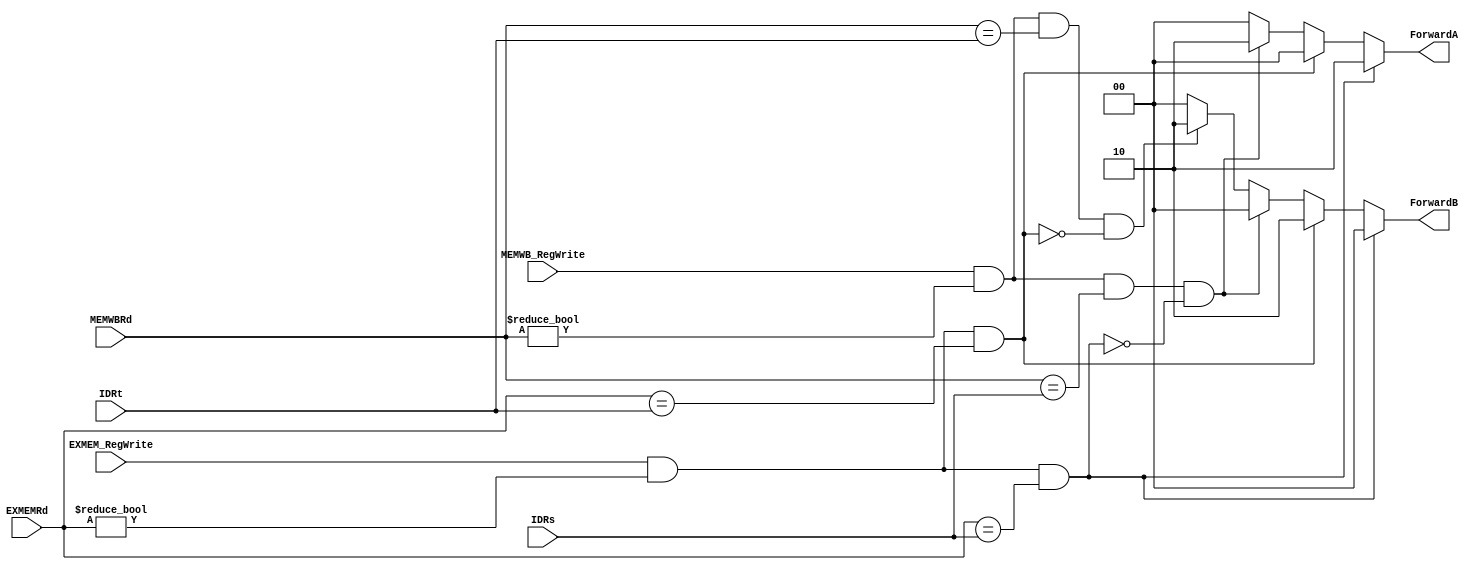
`ifndef _branch_forward
`define _branch_forward
`timescale 1ns / 1ps
//////////////////////////////////////////////////////////////////////////////////
// Company:
// Engineer:
//
// Design Name:
// Module Name:    BranchForward
// Project Name:
// Target Devices:
// Tool versions:
// Description:
//
// Dependencies:
//
// Revision:
// Revision 0.01 - File Created
// Additional Comments:
//
//////////////////////////////////////////////////////////////////////////////////
module BranchForward(EXMEM_RegWrite, MEMWB_RegWrite,
		EXMEMRd, MEMWBRd, IDRs, IDRt, ForwardA, ForwardB
);
	input EXMEM_RegWrite, MEMWB_RegWrite;
	input [4:0] EXMEMRd;
	input [4:0] MEMWBRd;
	input [4:0] IDRs;
	input [4:0] IDRt;

	output reg [1:0] ForwardA, ForwardB;

	always @(EXMEM_RegWrite, MEMWB_RegWrite) begin
		if (EXMEM_RegWrite && (EXMEMRd != 0) && EXMEMRd == IDRs) begin
			ForwardA <= 2'b10;
			ForwardB <= 2'b00;
		end
		else if (EXMEM_RegWrite && EXMEMRd != 0 && EXMEMRd == IDRt) begin
			ForwardA <= 2'b00;
			ForwardB <= 2'b10;
		end
		else if (MEMWB_RegWrite && MEMWBRd != 0 && MEMWBRd == IDRs && (~(EXMEM_RegWrite && EXMEMRd != 0 && EXMEMRd == IDRs)) ) begin
			ForwardA <= 2'b10;
			ForwardB <= 2'b00;
		end
		else if (MEMWB_RegWrite && MEMWBRd != 0 && MEMWBRd == IDRt && (~(EXMEM_RegWrite && EXMEMRd != 0 && EXMEMRd == IDRt)) ) begin
			ForwardA <= 2'b00;
			ForwardB <= 2'b10;
		end
		else begin
			ForwardA <= 2'b00;
			ForwardB <= 2'b00;
		end
	end

endmodule
`endif